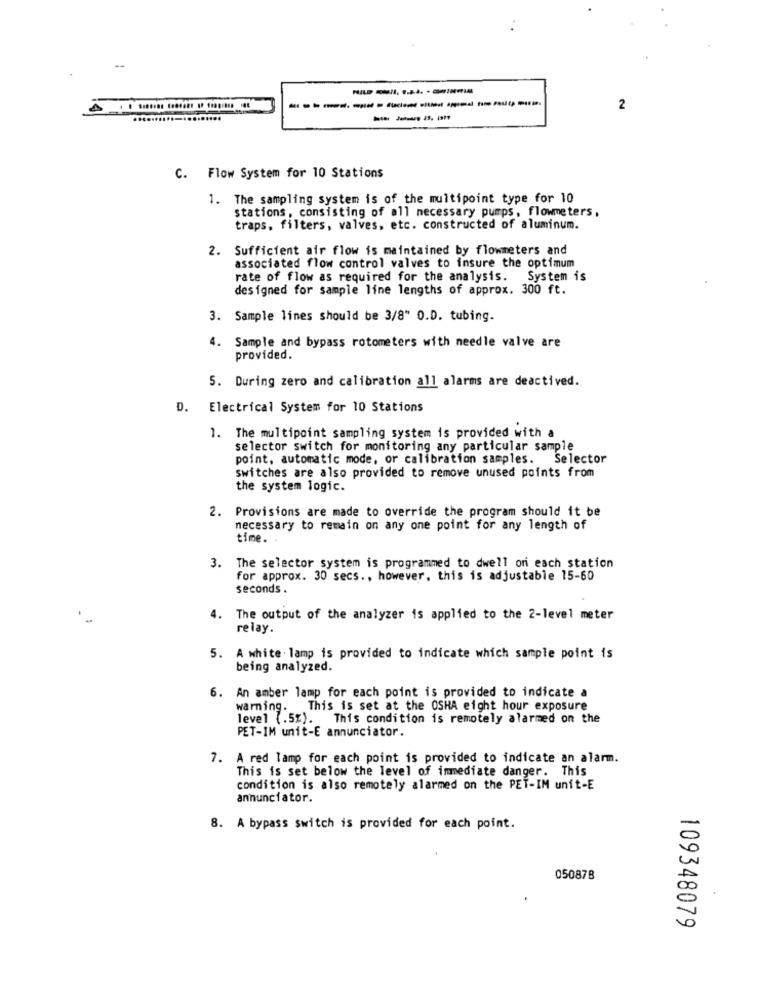
2
C. Flow System for 10 Stations
1. The sampling system is of the multipoint type for 10
stations, consisting of all necessary pumps, flowmeters,
traps, filters, valves, etc. constructed of aluminum.
2. Sufficient air flow is maintained by flowmeters and
associated flow control valves to insure the optimum
rate of flow as required for the analysis. System is
designed for sample line lengths of approx. 300 ft.
3. Sample lines should be 3/8" O.D. tubing.
4. Sample and bypass rotometers with needle valve are
provided.
5. During zero and calibration all alarms are deactived.
D. Electrical System for 10 Stations
1. The multipoint sampling system is provided with a
selector switch for monitoring any particular sample
point, automatic mode, or calibration samples. Selector
switches are also provided to remove unused points from
the system logic.
2. Provisions are made to override the program should it be
necessary to remain on any one point for any length of
time.
3. The selector system is programmed to dwell on each station
for approx. 30 secs ., however, this is adjustable 15-60
seconds .
4.
The output of the analyzer is applied to the 2-level meter
relay.
5. A white lamp is provided to indicate which sample point is
being analyzed.
6. An amber lamp for each point is provided to indicate a
warning. This is set at the OSHA eight hour exposure
level (.5%). This condition is remotely alarmed on the
PET-IM unit-E annunciator.
7. A red lamp for each point is provided to indicate an alarm.
This is set below the level of immediate danger. This
condition is also remotely alarmed on the PET-IM unit-E
annunciator.
8. A bypass switch is provided for each point.
050878
109348079